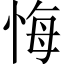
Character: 悔